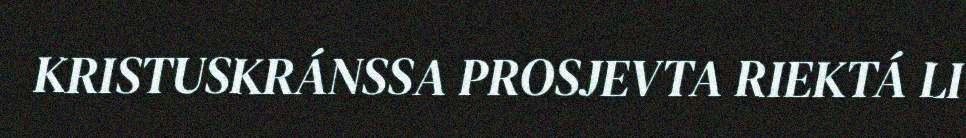
KRISTUSKRÁNSSA PROSJEVTA RIEKTÁ LI